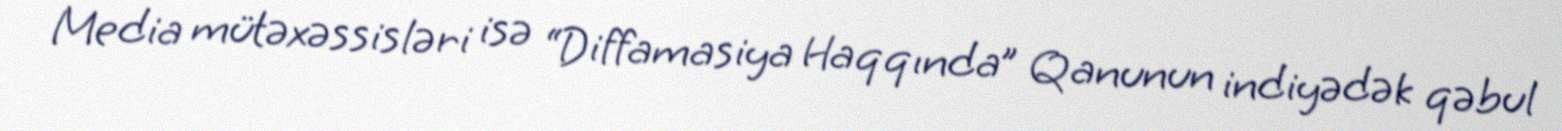
Media mütəxəssisləri isə “Diffamasiya Haqqında” Qanunun indiyədək qəbul